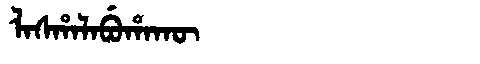
Manchu: ᠯᠠᠰᡥᠠᠯᠠᠪᡠᡥᠠᡴᡡ
Romanization: LASHALABUHAKŪ